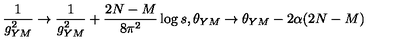
\frac { 1 } { g _ { Y M } ^ { 2 } } \rightarrow \frac { 1 } { g _ { Y M } ^ { 2 } } + \frac { 2 N - M } { 8 \pi ^ { 2 } } \log s , \theta _ { Y M } \rightarrow \theta _ { Y M } - 2 \alpha ( 2 N - M )